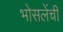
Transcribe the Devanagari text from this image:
भोसलेंची